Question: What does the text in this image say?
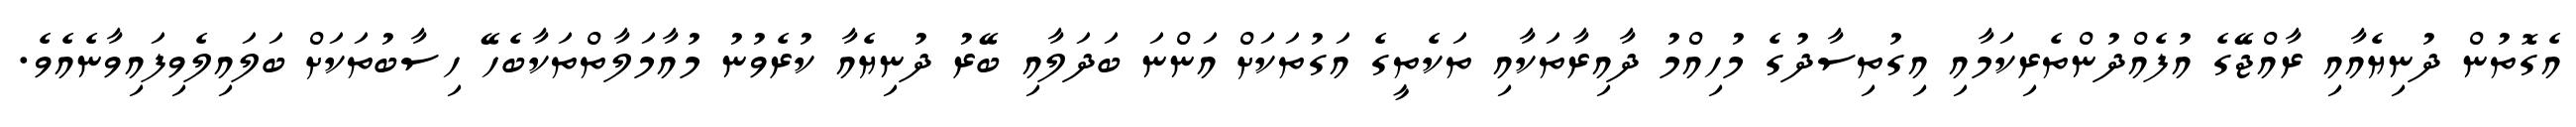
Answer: އެގޮތުން ދުނިޔެއާއި ރާއްޖޭގެ އުފެއްދުންތެރިކަމާއި އިގުތިސާދުގެ މުހިއްމު ދާއިރާތަކާއި ތަކެތީގެ އަގުތަކަށް އަންނަ ބަދަލާއި ބޭރު ދުނިޔެއާ ކުރެވުނު މުއާމަލާތްތަކާބެހޭ ހިސާބުތަކަށް ބަލައިލެވިފައިވާނެއެވެ.